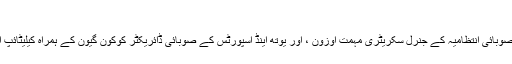
وہ بولا.
گورنر فوٹ گیرل خصوصی صوبائی انتظامیہ کے جنرل سکریٹری مہمت اوزون ، اور یوتھ اینڈ اسپورٹس کے صوبائی ڈائریکٹر کوکون گیون کے ہمراہ کیلیٹائپ اسکی سنٹر اور سڑک پر آئے۔